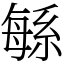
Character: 緐